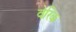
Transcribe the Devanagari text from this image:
वेरिक